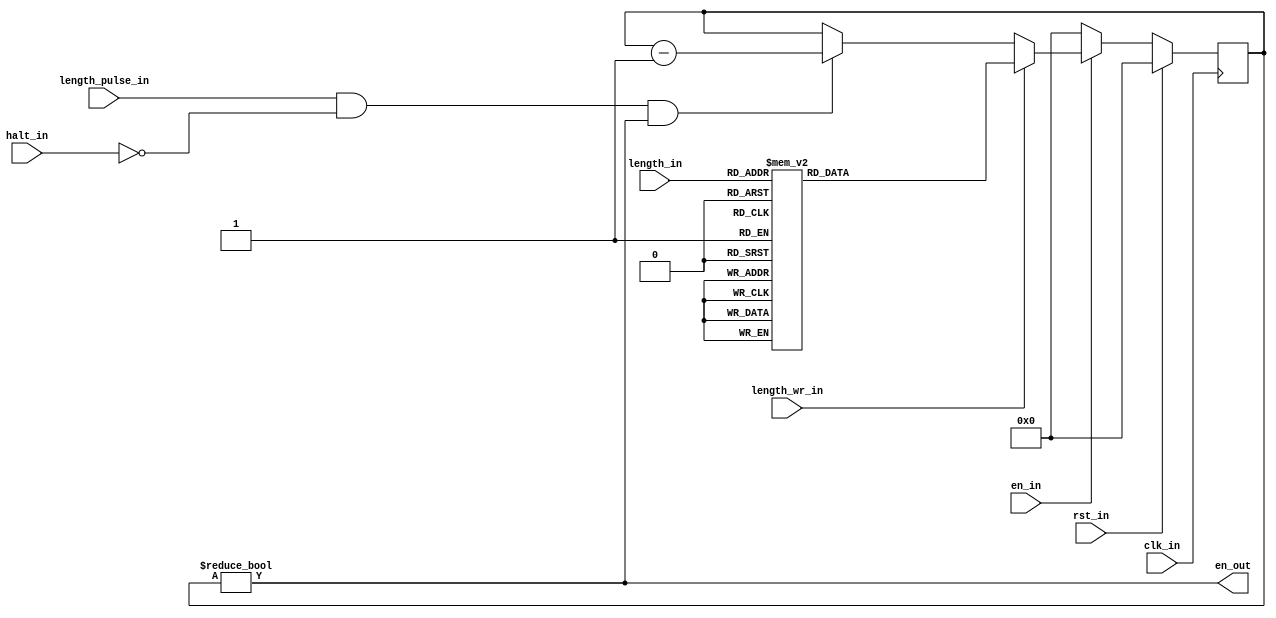
/***************************************************************************************************
** fpga_nes/hw/src/cpu/apu/apu_length_counter.v
*
*  Copyright (c) 2012, Brian Bennett
*  All rights reserved.
*
*  Redistribution and use in source and binary forms, with or without modification, are permitted
*  provided that the following conditions are met:
*
*  1. Redistributions of source code must retain the above copyright notice, this list of conditions
*     and the following disclaimer.
*  2. Redistributions in binary form must reproduce the above copyright notice, this list of
*     conditions and the following disclaimer in the documentation and/or other materials provided
*     with the distribution.
*
*  THIS SOFTWARE IS PROVIDED BY THE COPYRIGHT HOLDERS AND CONTRIBUTORS "AS IS" AND ANY EXPRESS OR
*  IMPLIED WARRANTIES, INCLUDING, BUT NOT LIMITED TO, THE IMPLIED WARRANTIES OF MERCHANTABILITY AND
*  FITNESS FOR A PARTICULAR PURPOSE ARE DISCLAIMED. IN NO EVENT SHALL THE COPYRIGHT OWNER OR
*  CONTRIBUTORS BE LIABLE FOR ANY DIRECT, INDIRECT, INCIDENTAL, SPECIAL, EXEMPLARY, OR CONSEQUENTIAL
*  DAMAGES (INCLUDING, BUT NOT LIMITED TO, PROCUREMENT OF SUBSTITUTE GOODS OR SERVICES; LOSS OF USE,
*  DATA, OR PROFITS; OR BUSINESS INTERRUPTION) HOWEVER CAUSED AND ON ANY THEORY OF LIABILITY,
*  WHETHER IN CONTRACT, STRICT LIABILITY, OR TORT (INCLUDING NEGLIGENCE OR OTHERWISE) ARISING IN ANY
*  WAY OUT OF THE USE OF THIS SOFTWARE, EVEN IF ADVISED OF THE POSSIBILITY OF SUCH DAMAGE.
*
*  APU length counter; building block used by several other APU components.  Provides automatic
*  duration control for the NES APU waveform channels. Once loaded with a value, it can optionally
*  count down and silence the channel when it reaches zero.
***************************************************************************************************/

module apu_length_counter
(
  input  wire       clk_in,           // system clock signal
  input  wire       rst_in,           // reset signal
  input  wire       en_in,            // enable signal (from $4015)
  input  wire       halt_in,          // disable length decrement
  input  wire       length_pulse_in,  // length pulse from frame counter
  input  wire [4:0] length_in,        // new length value
  input  wire       length_wr_in,     // update length to length_in
  output wire       en_out            // length counter is non-0
);

reg  [7:0] q_length, d_length;

always @(posedge clk_in)
  begin
    if (rst_in)
      begin
        q_length <= 8'h00;
      end
    else
      begin
        q_length <= d_length;
      end
  end

always @*
  begin
    d_length = q_length;

    if (!en_in)
      begin
        d_length = 8'h00;
      end
    else if (length_wr_in)
      begin
        case (length_in)
          5'h00: d_length = 8'h0A;
          5'h01: d_length = 8'hFE;
          5'h02: d_length = 8'h14;
          5'h03: d_length = 8'h02;
          5'h04: d_length = 8'h28;
          5'h05: d_length = 8'h04;
          5'h06: d_length = 8'h50;
          5'h07: d_length = 8'h06;
          5'h08: d_length = 8'hA0;
          5'h09: d_length = 8'h08;
          5'h0A: d_length = 8'h3C;
          5'h0B: d_length = 8'h0A;
          5'h0C: d_length = 8'h0E;
          5'h0D: d_length = 8'h0C;
          5'h0E: d_length = 8'h1A;
          5'h0F: d_length = 8'h0E;
          5'h10: d_length = 8'h0C;
          5'h11: d_length = 8'h10;
          5'h12: d_length = 8'h18;
          5'h13: d_length = 8'h12;
          5'h14: d_length = 8'h30;
          5'h15: d_length = 8'h14;
          5'h16: d_length = 8'h60;
          5'h17: d_length = 8'h16;
          5'h18: d_length = 8'hC0;
          5'h19: d_length = 8'h18;
          5'h1A: d_length = 8'h48;
          5'h1B: d_length = 8'h1A;
          5'h1C: d_length = 8'h10;
          5'h1D: d_length = 8'h1C;
          5'h1E: d_length = 8'h20;
          5'h1F: d_length = 8'h1E;
        endcase
      end
    else if (length_pulse_in && !halt_in && (q_length != 8'h00))
      begin
        d_length = q_length - 8'h01;
      end
  end

assign en_out = (q_length != 8'h00);

endmodule